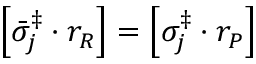
\left[ \bar { \sigma } _ { j } ^ { \ddag } \cdot r _ { R } \right] = \left[ \sigma _ { j } ^ { \ddag } \cdot r _ { P } \right]